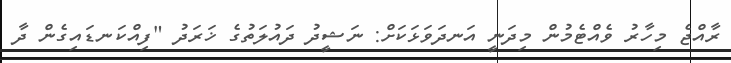
ރާއްޖެ މިހާރު ވެއްޓެމުން މިދަނީ އަނދަވަޅަކަށް: ނަޝީދު ދައުލަތުގެ ޚަރަދު "ފިއްކަނޑައިގެން ދާ